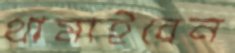
থামাইবেন